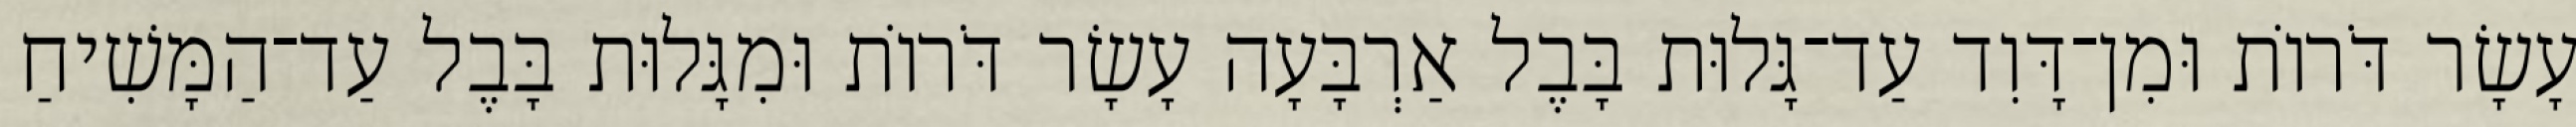
עָשָׂר דֹּרוֹת וּמִן־דָּוִד עַד־גָּלוּת בָּבֶל אַרְבָּעָה עָשָׂר דֹּרוֹת וּמִגָּלוּת בָּבֶל עַד־הַמָּשִׁיחַ